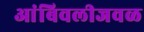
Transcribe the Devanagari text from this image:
आंबिवलीजवळ